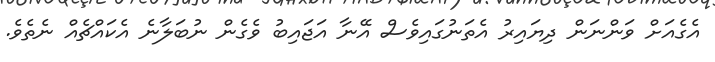
އެގެއަށް ވަންނަން ދިޔައިރު އެތަނުގައިވެސް އޭނާ އަޖައިބު ވެގެން ނުބަލާނެ އެކައްޗެއް ނެތެވެ.